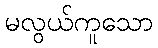
မလွယ်ကူသော